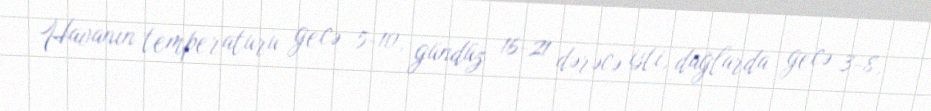
Havanın temperaturu gecə 5-10, gündüz 16-21 dərəcə isti, dağlarda gecə 3-8,